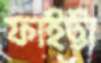
ফাইট্টা